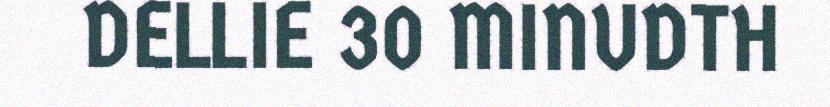
DELLIE 30 MINUDTH